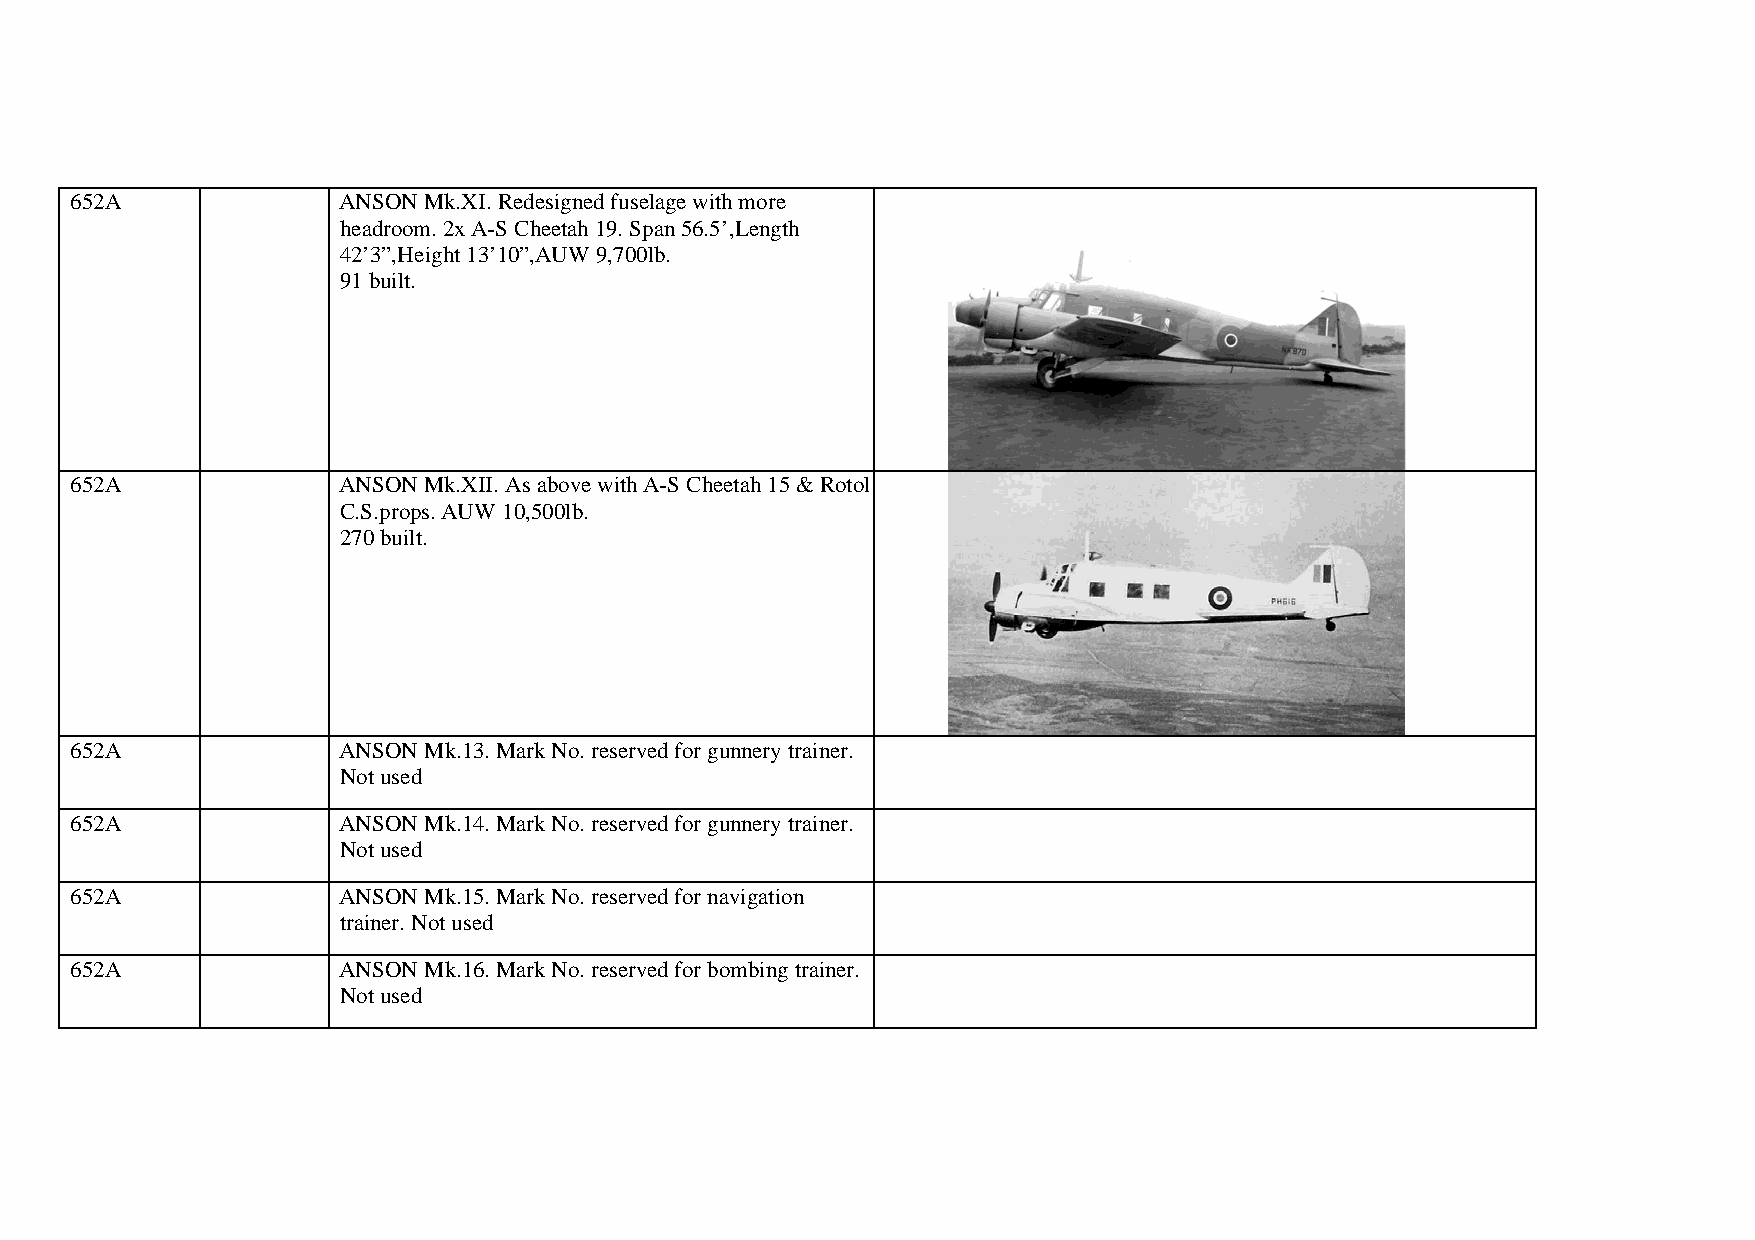
652A             ANSON Mk.XI. Redesigned fuselage with more
 headroom. 2x A-S Cheetah 19. Span 56.5’,Length
 42’3”,Height 13’10”,AUW 9,700lb.
 91 built.
 652A             ANSON Mk.XII. As above with A-S Cheetah 15 & Rotol
 C.S.props. AUW 10,500lb.
 270 built.
 652A             ANSON Mk.13. Mark No. reserved for gunnery trainer.
 Not used
 652A             ANSON Mk.14. Mark No. reserved for gunnery trainer.
 Not used
 652A             ANSON Mk.15. Mark No. reserved for navigation
 trainer. Not used
 652A             ANSON Mk.16. Mark No. reserved for bombing trainer.
 Not used